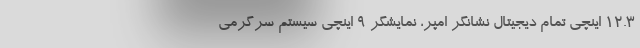
12.3 اینچی تمام دیجیتال نشانگر امپر، نمایشگر 9 اینچی سیستم سرگرمی